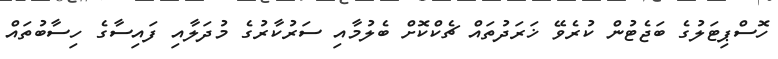
ހޮސްޕިޓަލުގެ ބަޖެޓުން ކުރެވޭ ޚަރަދުތައް ޗެކްކޮށް ބެލުމާއި ސަރުކާރުގެ މުދަލާއި ފައިސާގެ ހިސާބުތައް